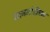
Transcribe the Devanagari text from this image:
मानमोडीच्या